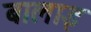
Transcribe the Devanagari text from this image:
बालाइ